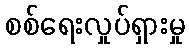
စစ်ရေးလှုပ်ရှားမှု